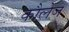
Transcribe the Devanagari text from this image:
कौलेज